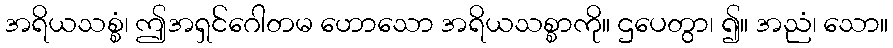
အရိယသစ္စံ၊ ဤအရှင်ဂေါတမ ဟောသော အရိယသစ္စာကို။ ဌပေတွာ၊ ၍။ အညံ၊ သော။